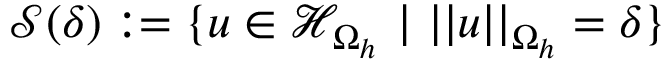
\mathcal { S } ( \delta ) : = \{ \boldsymbol { u } \in \mathcal { H } _ { \Omega _ { h } } \mathrm { ~ } | \mathrm { ~ } | | \boldsymbol { u } | | _ { \Omega _ { h } } = \delta \}